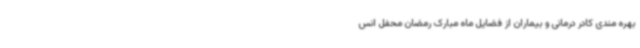
بهره مندی کادر درمانی و بیماران از فضایل ماه مبارک رمضان محفل انس